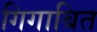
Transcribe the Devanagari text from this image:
गिगाबित